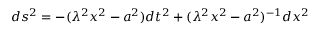
d s ^ { 2 } = - ( \lambda ^ { 2 } x ^ { 2 } - a ^ { 2 } ) d t ^ { 2 } + ( \lambda ^ { 2 } x ^ { 2 } - a ^ { 2 } ) ^ { - 1 } d x ^ { 2 }